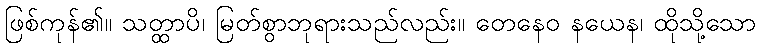
ဖြစ်ကုန်၏။ သတ္ထာပိ၊ မြတ်စွာဘုရားသည်လည်း။ တေနေဝ နယေန၊ ထိုသို့သော